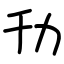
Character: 㔓